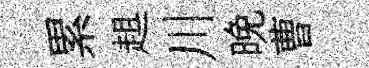
累趄川晚曹